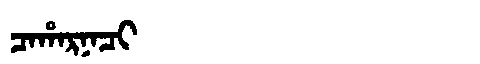
Manchu: ᠴᠠᡥᠠᡵᠨᠠᠴᡳ
Romanization: CAHARNACI